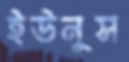
ইউনুস